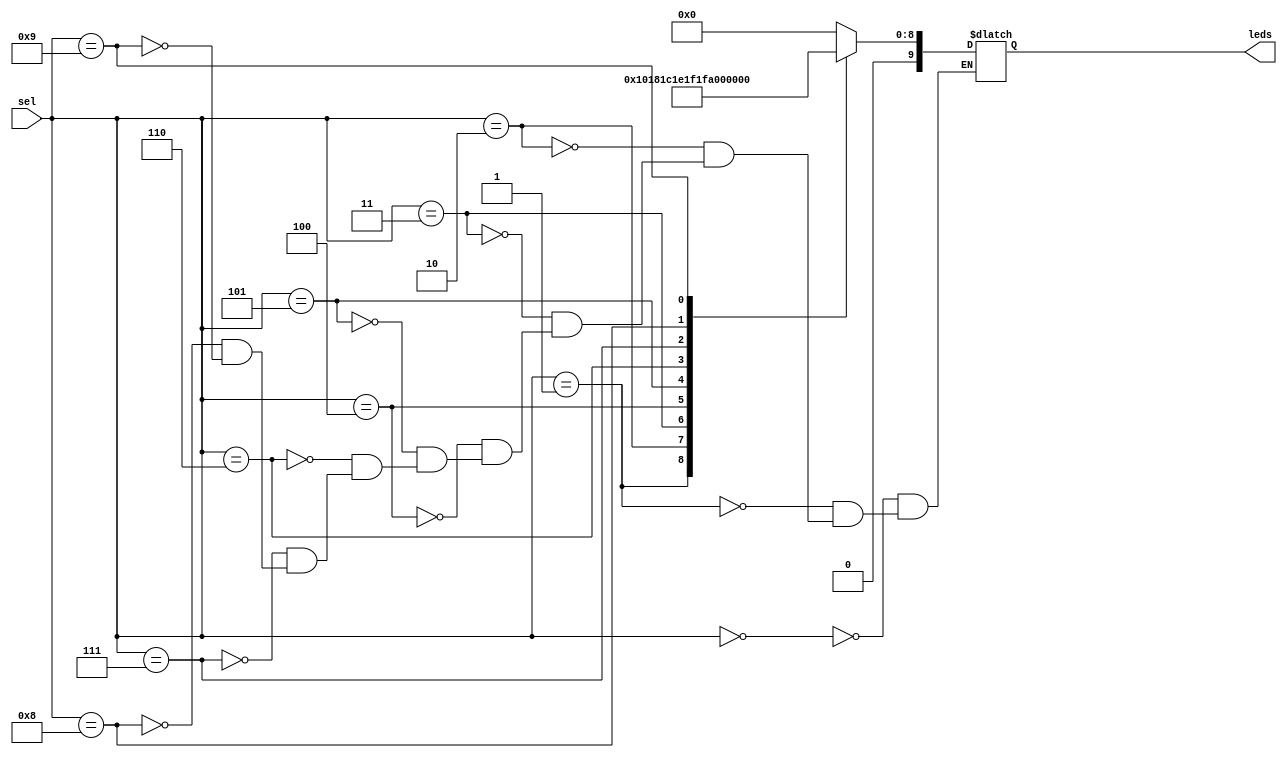
module LedManager(sel, leds);
input [3:0] sel;
output reg [9:0] leds;

always @(sel)
	case (sel)
		0: leds = 9'b000000000;
		1: leds = 9'b000000001;
		2: leds = 9'b000000011;
		3: leds = 9'b000000111;
		4: leds = 9'b000001111;
		5: leds = 9'b000011111;
		6: leds = 9'b000111111;
		7: leds = 9'b001111111;
		8: leds = 9'b011111111;
		9: leds = 9'b111111111;
	endcase

endmodule